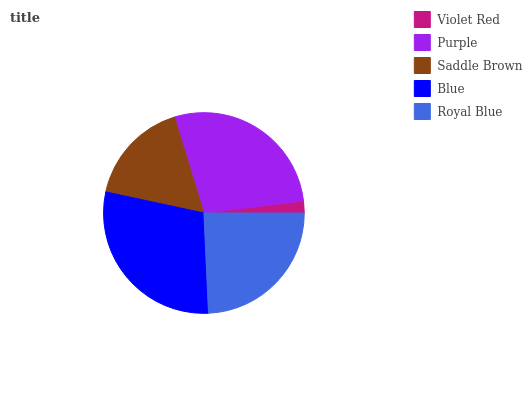
| Violet Red | Purple | Saddle Brown | Blue | Royal Blue |
 | --- | --- | --- | --- | --- |
 | 1.94% | 27.8% | 16.8% | 29.1% | 24.3% |